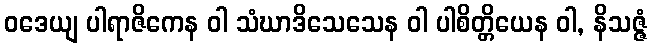
ဝဒေယျ ပါရာဇိကေန ဝါ သံဃာဒိသေသေန ဝါ ပါစိတ္တိယေန ဝါ, နိသဇ္ဇံ